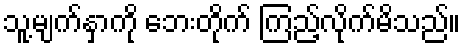
သူ့မျက်နှာကို ဘေးတိုက် ကြည့်လိုက်မိသည်။